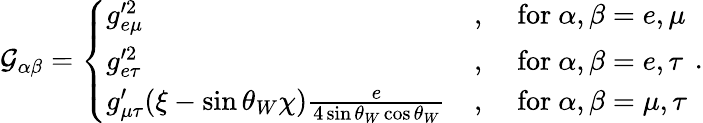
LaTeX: \mathcal{G}_{\alpha\beta}=\left\{ \begin{array}{lll}{g_{e\mu}^{\prime 2}}&{,}&{~\mathrm{for}~\alpha,\beta=e,\mu}\\ {g_{e\tau}^{\prime 2}}&{,}&{~\mathrm{for}~\alpha,\beta=e,\tau}\\ {g_{\mu\tau}^{\prime}(\xi-\sin\theta_{W}\chi)\frac{e}{4\sin\theta_{W}\cos\theta_{W}}}&{,}&{~\mathrm{for}~\alpha,\beta=\mu,\tau}\end{array}\right.\; .